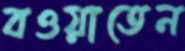
বওয়াতেন